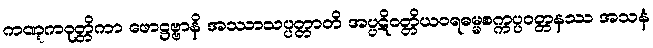
ကဏ္ဋကဝုတ္တိကာ ဖောဋ္ဌဗ္ဗာနိ အဿာသပ္ပတ္တာတိ အပ္ပဋိဝတ္တိယဝရဓမ္မစက္ကပ္ပဝတ္တနဿ အသနံ